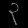
Digit: ၃